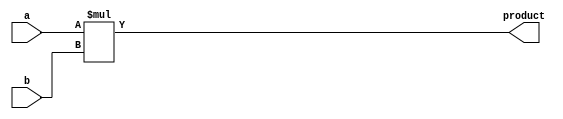
module MULT (
    input [31:0] a,
    input [31:0] b,
    output [31:0] product
);
    assign product = a * b;
endmodule